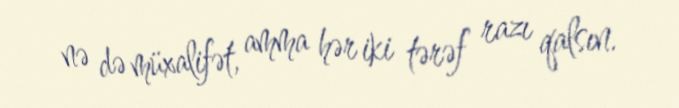
nə də müxalifət, amma hər iki tərəf razı qalsın.